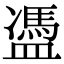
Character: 𥂳